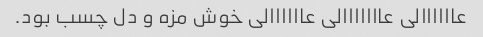
عاااااالی عااااااالی عاااااالی خوش مزه و دل چسب بود.